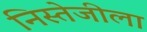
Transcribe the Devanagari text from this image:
निस्तेजीला